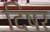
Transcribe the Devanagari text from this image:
दिषर